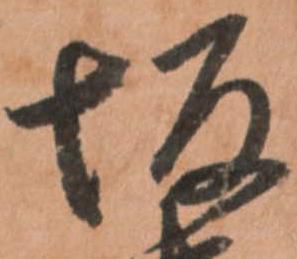
坂